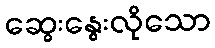
ဆွေးနွေးလိုသော